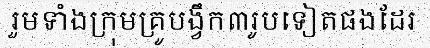
រួមទាំងក្រុមគ្រូបង្វឹក៣រូបទៀតផងដែរ